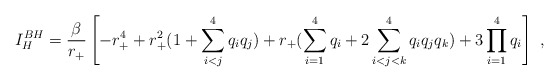
\begin{align*}I_H^{BH}={\beta\over{r_+}}\left[-r_+^4 +r_+^2(1+\sum_{i<j}^4q_iq_j) +r_+(\sum_{i=1}^4q_i+2\sum_{i<j<k}^4q_iq_jq_k)+3\prod_{i=1}^4q_i\right]\ , \end{align*}